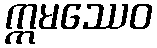
ဣမဿေဝ